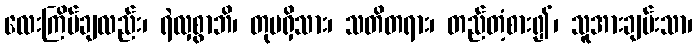
လေးကြိမ်ချလည်း၊ ရဲလှစွာဘိ၊ တုမရှိသား၊ သတိတရား၊ တည်တံ့စား၍၊ သူအားချမ်းသာ၊